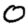
Digit: 0